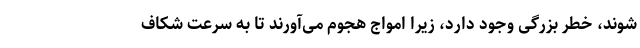
شوند، خطر بزرگی وجود دارد، زیرا امواج هجوم می‌آورند تا به سرعت شکاف